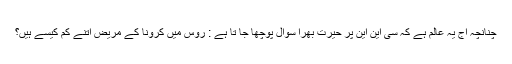
چنانچہ آج یہ عالم ہے کہ سی این این پر حیرت بھرا سوال پوچھا جا تا ہے : روس میں کرونا کے مریض اتنے کم کیسے ہیں؟